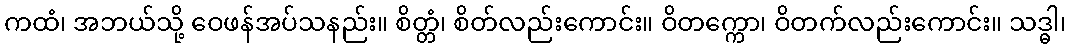
ကထံ၊ အဘယ်သို့ ဝေဖန်အပ်သနည်း။ စိတ္တံ၊ စိတ်လည်းကောင်း။ ဝိတက္ကော၊ ဝိတက်လည်းကောင်း။ သဒ္ဓါ၊